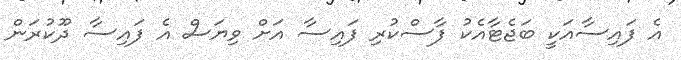
އެ ފައިސާއަކީ ބަޖެޓާއެކު ފާސްކުރި ފައިސާ އަށް ވިޔަސް އެ ފައިސާ ދޫކުރަން